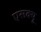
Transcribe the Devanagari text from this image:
एसक्यू